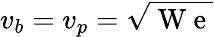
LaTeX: v_{b}=v_{p}=\sqrt{\mathrm{~W~e~}}